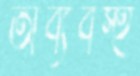
অব্যবস্হ